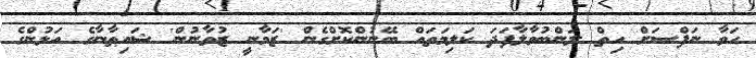
ހަވާ ނަފްސަށް ހިތް ލަންބުވާލާފަދަ ކަލިމަތައް ބޭނުންކޮށްގެން 'ޒަމާނީ ޒުވާނުން' ޝައިޠާނާގެ އަޅުންގެ